Scottish Leaving Certificate Examination, 1959
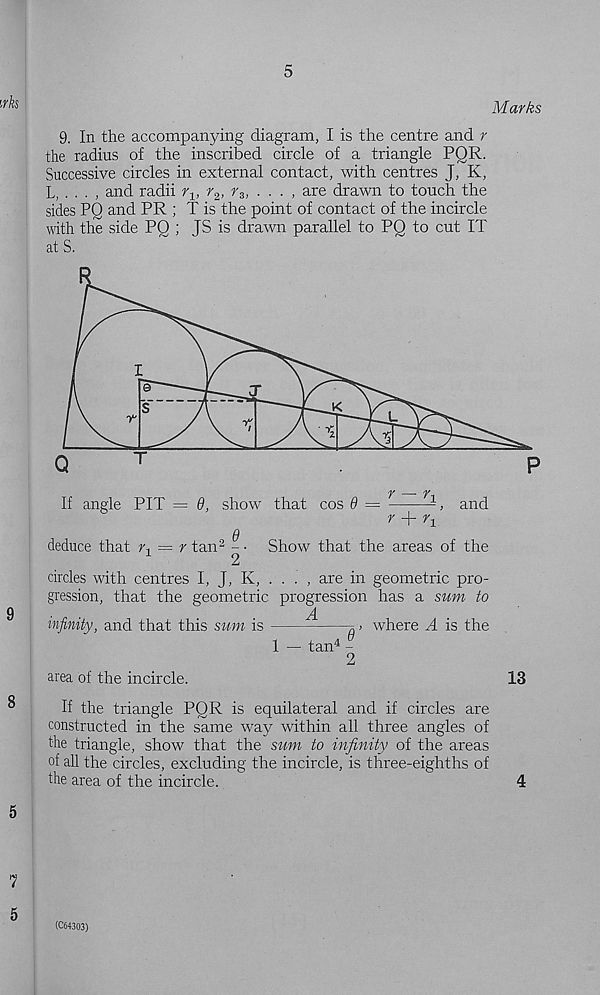
Marks
9. In the accompanying diagram, I is the centre and r
the radius of the inscribed circle of a triangle PQR.
Successive circles in external contact, with centres J, K,
L, . . . , and radii r 1; r 2 , r 3 ,
, are drawn to touch the
sides PQ and PR ; T is the point of contact of the incircle
with the side PQ ; JS is drawn parallel to PQ to cut IT
at S.
circles with centres I, J, K, . . . , are in geometric pro-
gression, that the geometric progression has a sum to
infinity, and that this sum is
„ > where A is the
1 — tan 4 -
2
area of the incircle.
13
If the triangle PQR is equilateral and if circles are
constructed in the same way within all three angles of
the triangle, show that the sum to infinity of the areas
of all the circles, excluding the incircle, is three-eighths of
the area of the incircle.
4
(C64303)